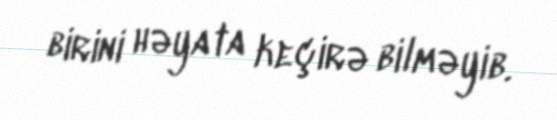
birini həyata keçirə bilməyib.